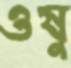
ওষু